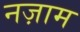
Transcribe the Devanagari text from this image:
नज़ाम